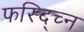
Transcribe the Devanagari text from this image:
फस्द्च्नि